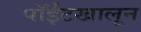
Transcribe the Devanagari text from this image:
पॉईंटखालून